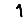
Digit: 1